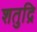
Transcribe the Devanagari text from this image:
शतुद्रि